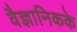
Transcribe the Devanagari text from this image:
वैज्ञानिकके